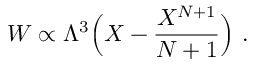
{ \cal W } \propto \Lambda ^ { 3 } \Big ( X - { \frac { X ^ { N + 1 } } { N + 1 } } \Big ) ~ .